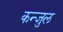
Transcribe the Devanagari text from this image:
कन्जुल